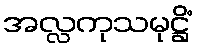
အလ္လကုသမုဋ္ဌိံ